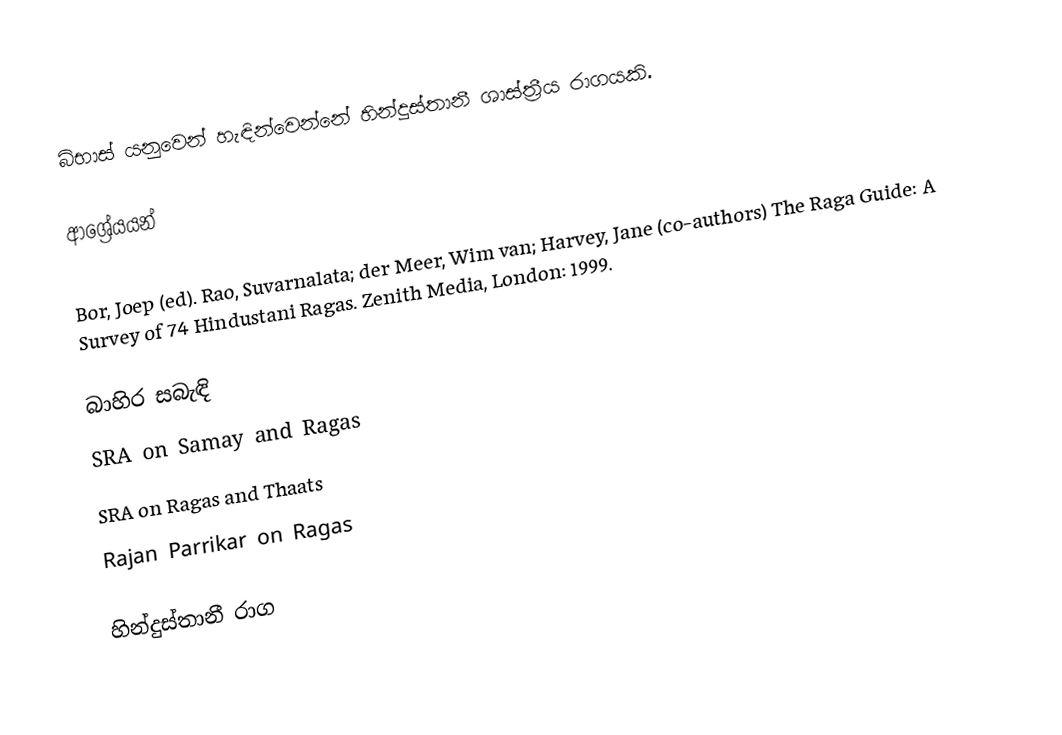
බිභාස් ‍යනුවෙන් හැඳින්වෙන්නේ හින්දුස්තානී ශාස්ත්‍රීය රාගයකි.

ආශ්‍රේයයන්

 Bor, Joep (ed). Rao, Suvarnalata; der Meer, Wim van; Harvey, Jane (co-authors) The Raga Guide: A Survey of 74 Hindustani Ragas. Zenith Media, London: 1999.

බාහිර සබැඳි
 SRA on Samay and Ragas
 SRA on Ragas and Thaats
 Rajan Parrikar on Ragas

හින්දුස්තානී රාග